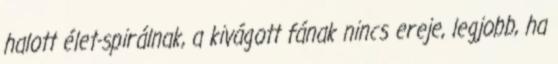
halott élet-spirálnak, a kivágott fának nincs ereje, legjobb, ha